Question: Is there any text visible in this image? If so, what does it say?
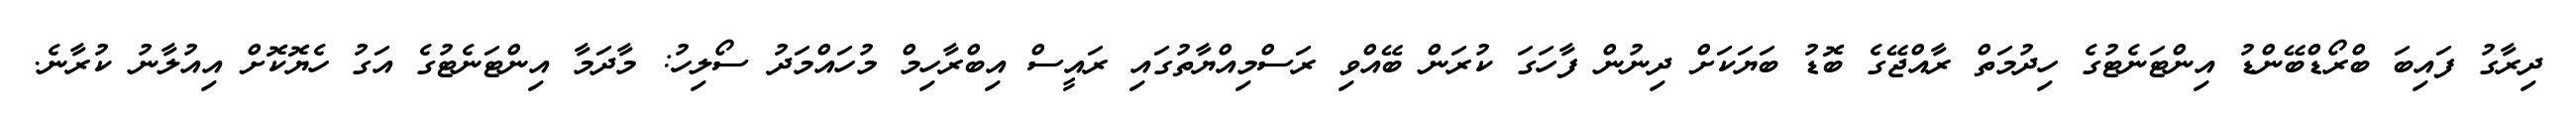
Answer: ދިރާގު ފައިބަ ބްރޯޑްބޭންޑު އިންޓަނެޓުގެ ހިދުމަތް ރާއްޖޭގެ ބޮޑު ބަޔަކަށް ދިނުން ފާހަގަ ކުރަން ބޭއްވި ރަސްމިއްޔާތުގައި ރައީސް އިބްރާހިމް މުހައްމަދު ސޯލިހު: މާދަމާ އިންޓަނެޓުގެ އަގު ހެޔޮކޮށް އިއުލާނު ކުރާނެ.